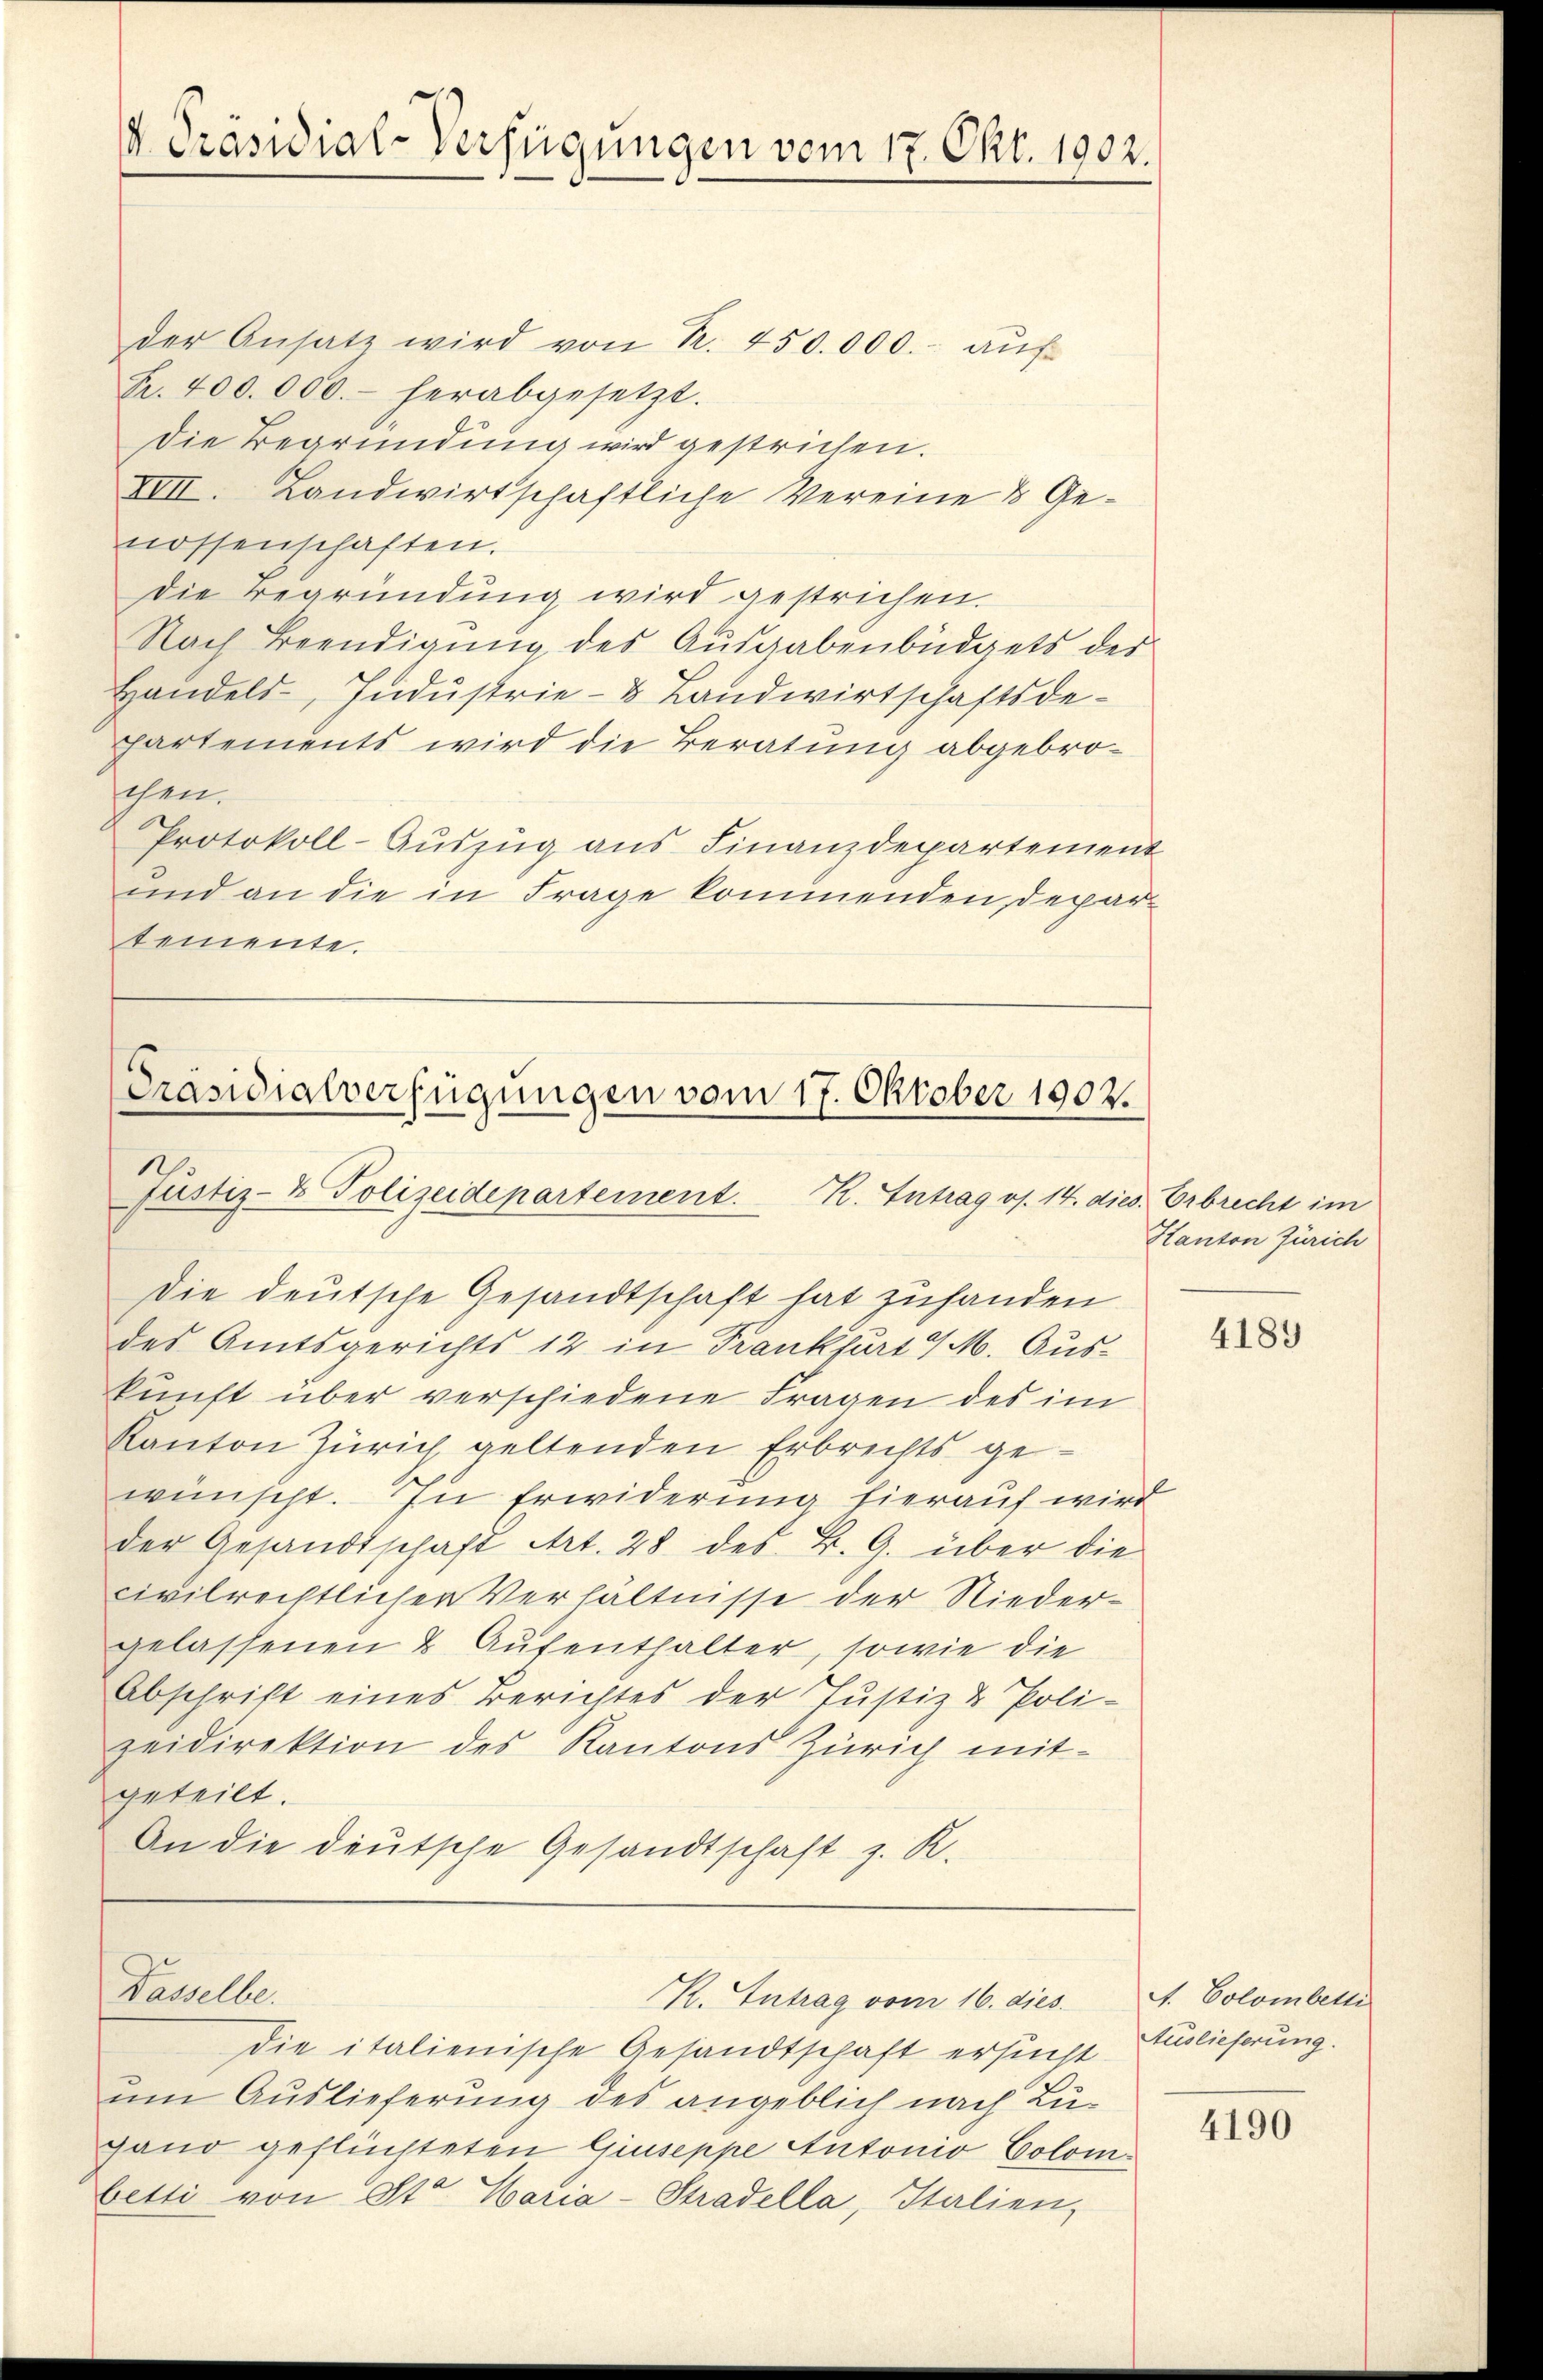
Präsidial-Verfügungen vom 17. Okt. 1902.

der Ansatz wird von R. 450.000.- aŭf
Fr. 400.000.- herabgesetzt.
Die Begründung wird gestrichen.
XVII. Landwirtschaftliche Vereine & Genossenschaften.
Die Begründung wird gestrichen.
Nach Beendigung des Ausgabenbüdgets des
Handels-, Industrie- & Landwirtschaftsde¬
Partements wird die Beratung abgebrochen.
Protokoll-Aŭszŭg ans Finanzdepartement
und an die in Frage kommenden, Departemente.

[Präsidialverfügungen vom 17. Oktober 1902.
1
Justiz- & Polizeidepartement. R. Intrag os. 14. dies. Erbrecht im

Die deutsche Gesandtschaft hat zufanden
des Amtsgerichts 12 in Krankfurt a/M. Auskunft über verschiedene Fragen des im
Kanton Zürich, geltenden Erbrechts gewünscht. In Erwiderung hierauf wird
der Gesandtschaft Art. 28 des B. G. über die
civilrechtlicher Verhältnisse der Niedergelassenen & Aufenthalter, sowie die
Abschrift eines Berichtes der Justiz & Poli-
zeidirektion des Kantons Zürich mitgeteilt.
An die deutsche Gesandtschaft z. R.

Kasselbe.

um Auslieferung des angeblich nach Lugand geflüchteten Giuseppe Autonio Colombetti von St. Maria-Stradella, Italien,

K. Antrag vom 16. dies

Die italienische Gesandtschaft ersucht

Kanton Zürich

4189

A. Colombetti
Auslieferung.

4190